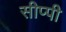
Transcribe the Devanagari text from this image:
सीप्पी